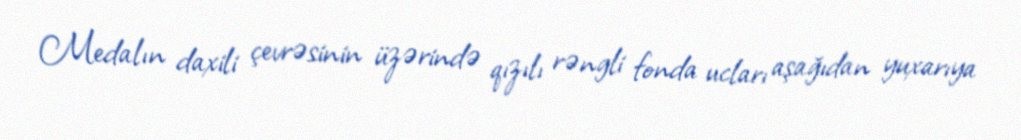
Medalın daxili çevrəsinin üzərində qızılı rəngli fonda ucları aşağıdan yuxarıya